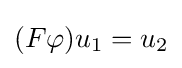
(F\varphi )u_{1}=u_{2}